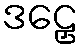
ဒဠှေ